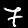
Label: 7